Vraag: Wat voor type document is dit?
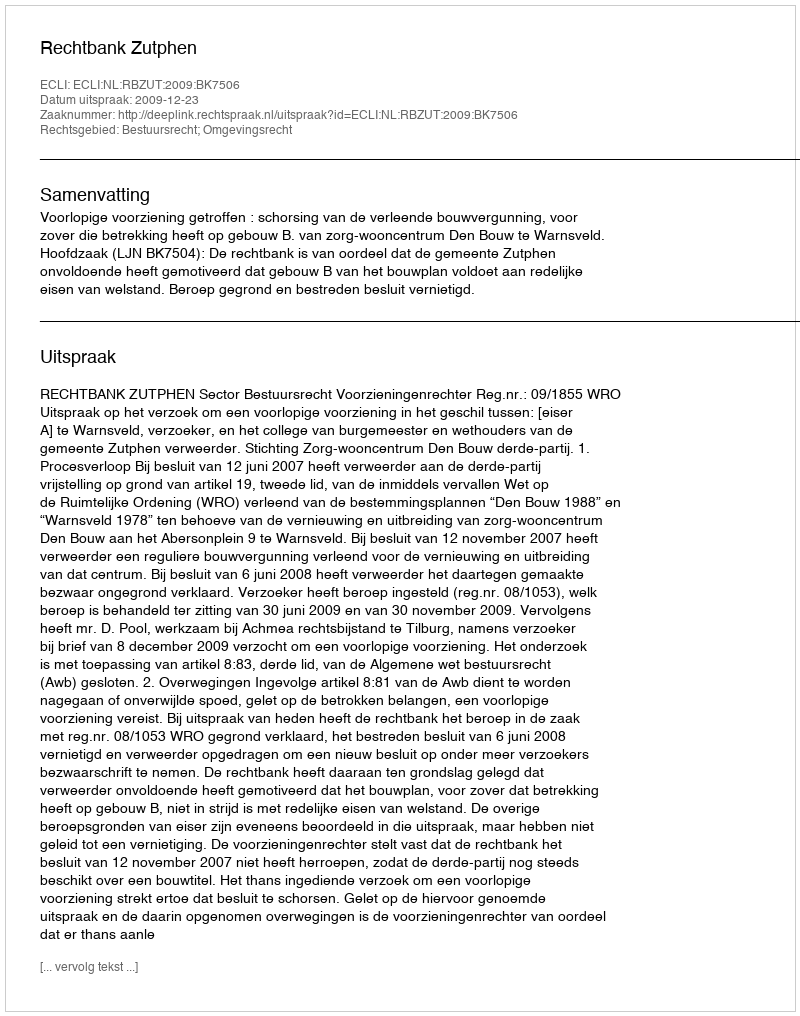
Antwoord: Uitspraak